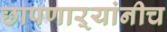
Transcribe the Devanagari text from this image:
छापणाऱ्यांनीच